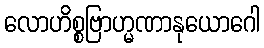
လောဟိစ္စဗြာဟ္မဏာနုယောဂေါ